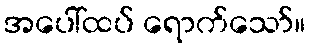
အပေါ်ထပ် ရောက်သော်။